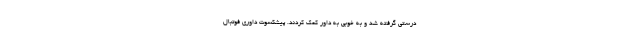
درستی گرفته شد و به خوبی به داور کمک کردند. پیشکسوت داوری فوتبال